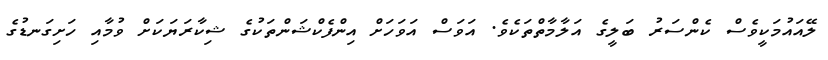
ލޭއައުމަކީވެސް ކެންސަރު ބަލީގެ އަލާމާތްތަކެވެ. އަވަސް އަވަހަށް އިންފެކްޝަންތަކުގެ ޝިކާރަޔަކަށް ވުމާއި ހަށިގަނޑުގެ